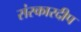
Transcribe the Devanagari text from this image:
संस्कारदीप